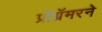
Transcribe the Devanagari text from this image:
प्रोग्रॅमरने